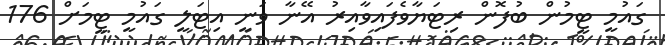
ގައުމީ ޓީމުން ބުފޮން ރިޓަޔާވެފައިވާއިރު އޭނާ ވަނީ އިޓަލީ ގައުމީ ޓީމަށް 176